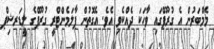
މެމްބަރުން އެ ގުރޫޕްގައި ވާހަކަ ދެއްކެވި އެވެ. އެގޮތުން ޕާލަމެންޓްރީ ގުރޫޕްގެ ލީޑަރޝިޕް